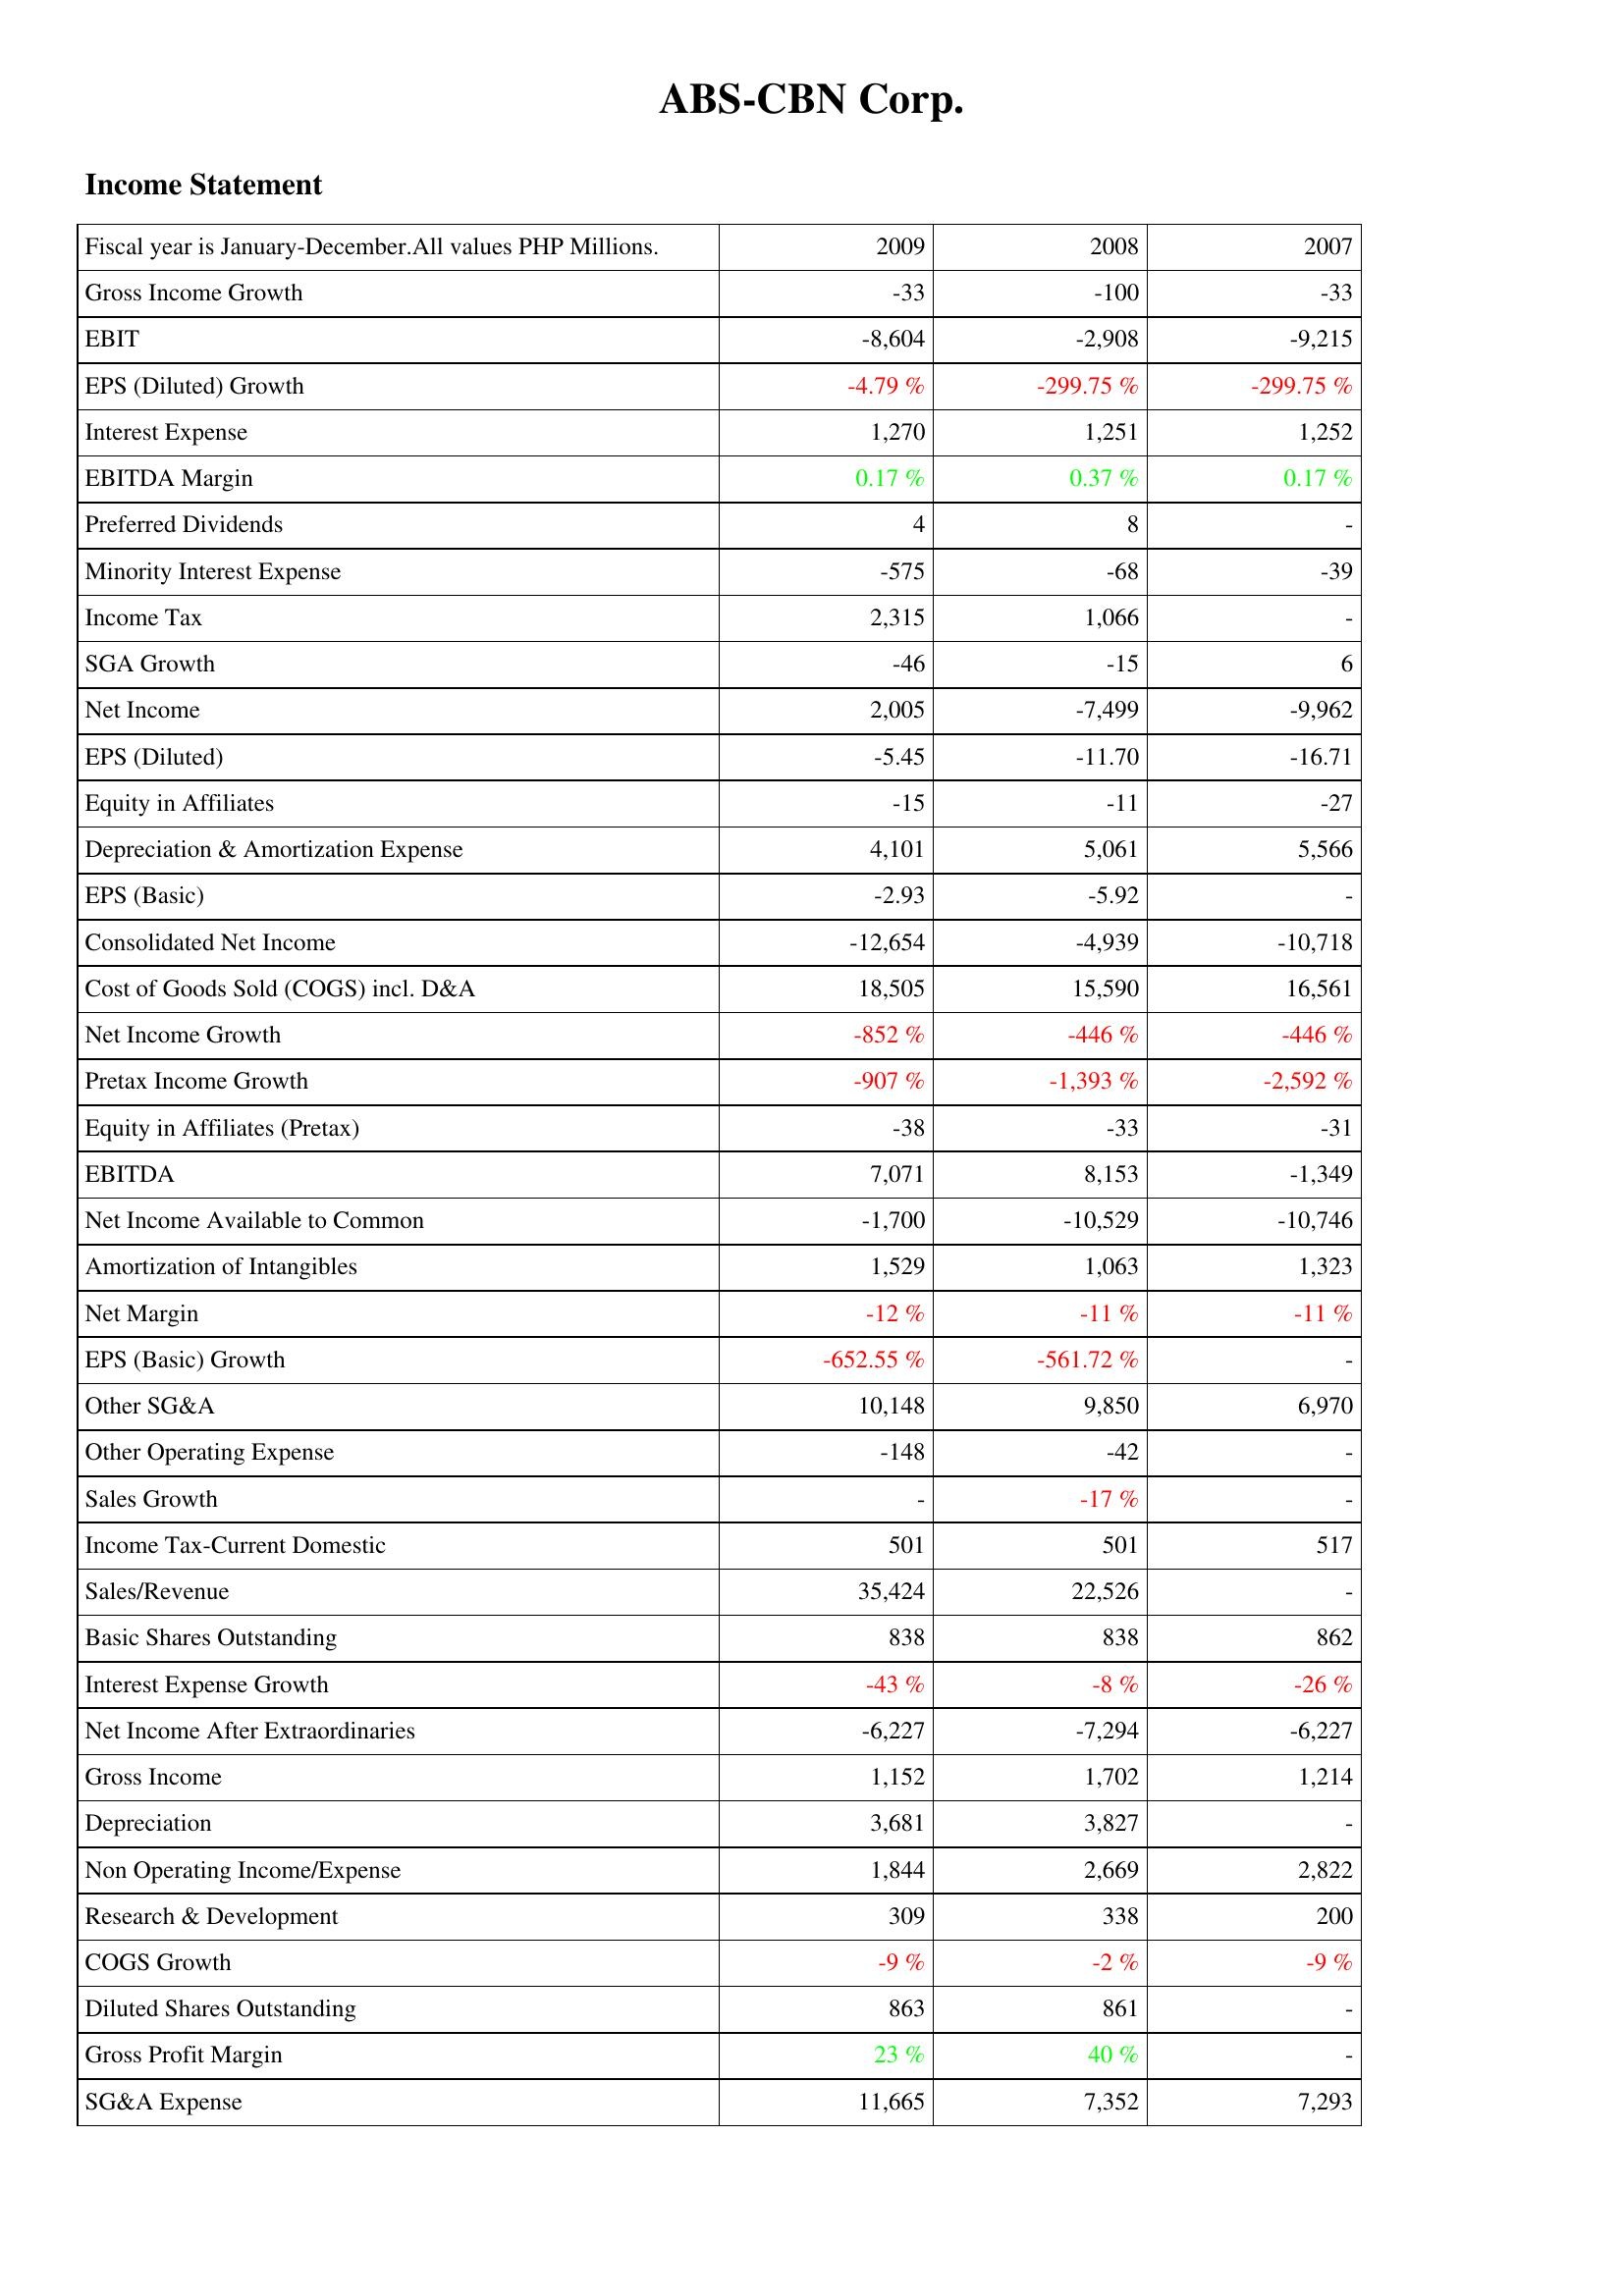
2009: Income Statement: Gross Income Growth: -33
EBIT: -8,604
EPS (Diluted) Growth: -4.79 %
Interest Expense: 1,270
EBITDA Margin: 0.17 %
Preferred Dividends: 4
Minority Interest Expense: -575
Income Tax: 2,315
SGA Growth: -46
Net Income: 2,005
EPS (Diluted): -5.45
Equity in Affiliates: -15
Depreciation & Amortization Expense: 4,101
EPS (Basic): -2.93
Consolidated Net Income: -12,654
Cost of Goods Sold (COGS) incl. D&A: 18,505
Net Income Growth: -852 %
Pretax Income Growth: -907 %
Equity in Affiliates (Pretax): -38
EBITDA: 7,071
Net Income Available to Common: -1,700
Amortization of Intangibles: 1,529
Net Margin: -12 %
EPS (Basic) Growth: -652.55 %
Other SG&A: 10,148
Other Operating Expense: -148
Sales Growth: -
Income Tax-Current Domestic: 501
Sales/Revenue: 35,424
Basic Shares Outstanding: 838
Interest Expense Growth: -43 %
Net Income After Extraordinaries: -6,227
Gross Income: 1,152
Depreciation: 3,681
Non Operating Income/Expense: 1,844
Research & Development: 309
COGS Growth: -9 %
Diluted Shares Outstanding: 863
Gross Profit Margin: 23 %
SG&A Expense: 11,665
2008: Income Statement: Gross Income Growth: -100
EBIT: -2,908
EPS (Diluted) Growth: -299.75 %
Interest Expense: 1,251
EBITDA Margin: 0.37 %
Preferred Dividends: 8
Minority Interest Expense: -68
Income Tax: 1,066
SGA Growth: -15
Net Income: -7,499
EPS (Diluted): -11.70
Equity in Affiliates: -11
Depreciation & Amortization Expense: 5,061
EPS (Basic): -5.92
Consolidated Net Income: -4,939
Cost of Goods Sold (COGS) incl. D&A: 15,590
Net Income Growth: -446 %
Pretax Income Growth: -1,393 %
Equity in Affiliates (Pretax): -33
EBITDA: 8,153
Net Income Available to Common: -10,529
Amortization of Intangibles: 1,063
Net Margin: -11 %
EPS (Basic) Growth: -561.72 %
Other SG&A: 9,850
Other Operating Expense: -42
Sales Growth: -17 %
Income Tax-Current Domestic: 501
Sales/Revenue: 22,526
Basic Shares Outstanding: 838
Interest Expense Growth: -8 %
Net Income After Extraordinaries: -7,294
Gross Income: 1,702
Depreciation: 3,827
Non Operating Income/Expense: 2,669
Research & Development: 338
COGS Growth: -2 %
Diluted Shares Outstanding: 861
Gross Profit Margin: 40 %
SG&A Expense: 7,352
2007: Income Statement: Gross Income Growth: -33
EBIT: -9,215
EPS (Diluted) Growth: -299.75 %
Interest Expense: 1,252
EBITDA Margin: 0.17 %
Preferred Dividends: -
Minority Interest Expense: -39
Income Tax: -
SGA Growth: 6
Net Income: -9,962
EPS (Diluted): -16.71
Equity in Affiliates: -27
Depreciation & Amortization Expense: 5,566
EPS (Basic): -
Consolidated Net Income: -10,718
Cost of Goods Sold (COGS) incl. D&A: 16,561
Net Income Growth: -446 %
Pretax Income Growth: -2,592 %
Equity in Affiliates (Pretax): -31
EBITDA: -1,349
Net Income Available to Common: -10,746
Amortization of Intangibles: 1,323
Net Margin: -11 %
EPS (Basic) Growth: -
Other SG&A: 6,970
Other Operating Expense: -
Sales Growth: -
Income Tax-Current Domestic: 517
Sales/Revenue: -
Basic Shares Outstanding: 862
Interest Expense Growth: -26 %
Net Income After Extraordinaries: -6,227
Gross Income: 1,214
Depreciation: -
Non Operating Income/Expense: 2,822
Research & Development: 200
COGS Growth: -9 %
Diluted Shares Outstanding: -
Gross Profit Margin: -
SG&A Expense: 7,293